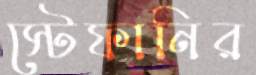
স্টেফানির